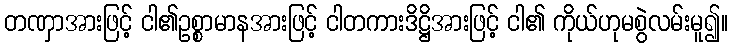
တဏှာအားဖြင့် ငါ၏ဥစ္စာမာနအားဖြင့် ငါတကားဒိဋ္ဌိအားဖြင့် ငါ၏ ကိုယ်ဟုမစွဲလမ်းမူ၍။